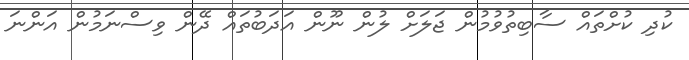
ކުދި ކުށްތައް ސާބިތުވުމުން ޖަލަށް ލުން ނޫން އަދަބުތައް ދޭން ވިސްނަމުން އަންނަ